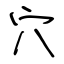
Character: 穴